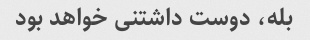
بله، دوست داشتنی خواهد بود